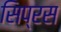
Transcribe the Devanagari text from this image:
सिप्रस